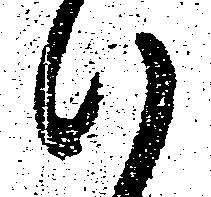
候